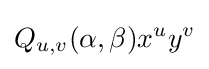
Q_{u,v}(\alpha ,\beta )x^{u}y^{v}